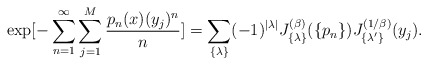
\begin{align*}\exp [-\sum_{n=1}^{\infty} \sum_{j=1}^{M} { p_n(x) (y_j)^n \over n}]= \sum_{\{ \lambda \} } (-1)^{|\lambda|}J_{\{ \lambda \} }^{(\beta)}(\{ p_n \} )J_{\{ \lambda'\} }^{(1/\beta)}(y_j).\end{align*}